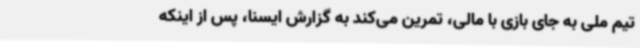
تیم ملی به جای بازی با مالی، تمرین می‌کند به گزارش ایسنا، پس از اینکه